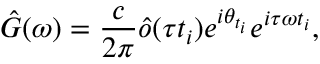
\hat { G } ( \omega ) = \frac { c } { 2 \pi } \hat { o } ( \tau t _ { i } ) e ^ { i \theta _ { t _ { i } } } e ^ { i \tau \omega t _ { i } } ,